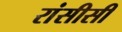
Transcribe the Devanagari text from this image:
रांसीसी